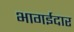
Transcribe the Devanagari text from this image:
भागईदार